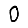
Digit: 0